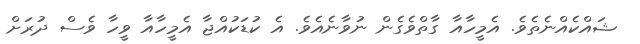
ޝައްކެއްނެތެވެ. އެމީހާއާ ގާތްވެގެން ނުވާނެއެވެ. އެ ކުޑަކުއްޖާ އެމީހާއާ ވީހާ ވެސް ދުރަށް